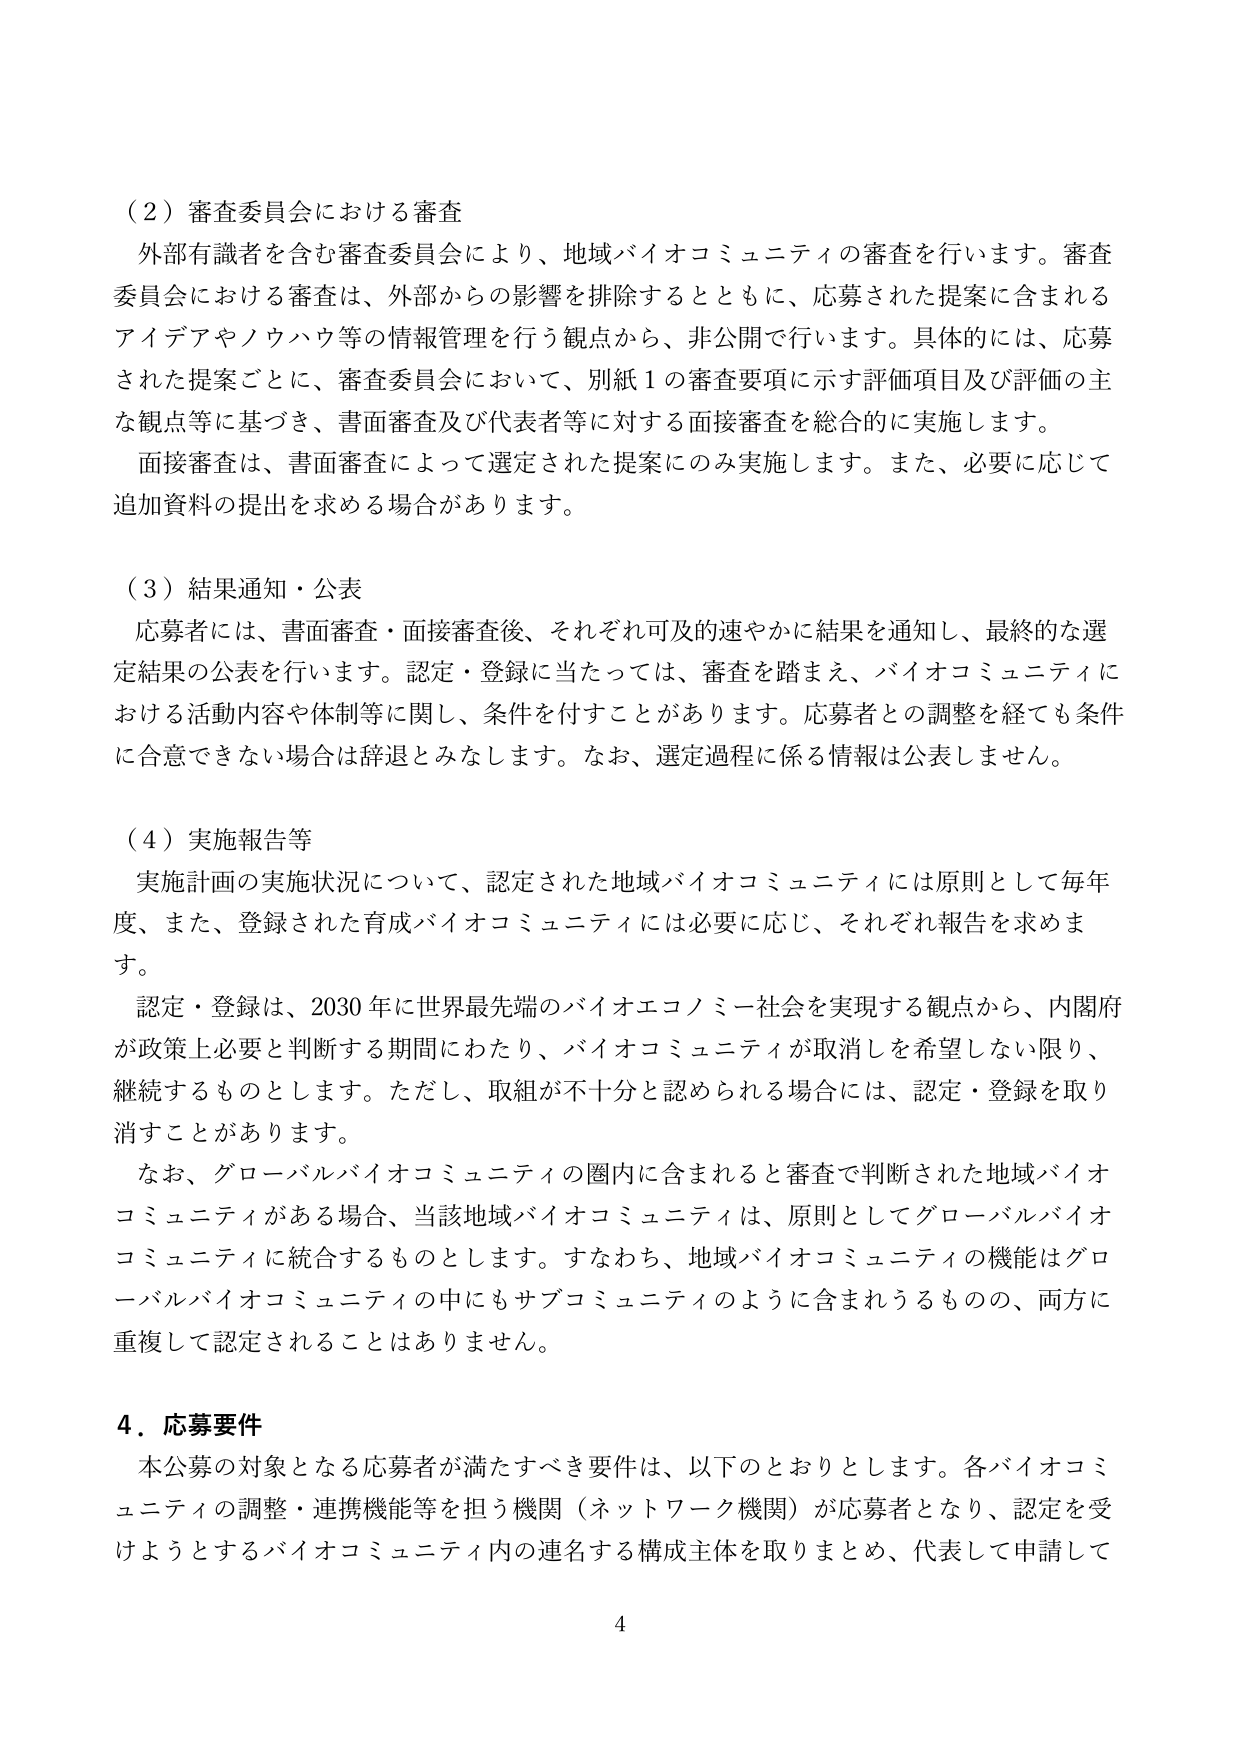
（２）審査委員会における審査
外部有識者を含む審査委員会により、地域バイオコミュニティの審査を行います。審査委員会における審査は、外部からの影響を排除するとともに、応募された提案に含まれるアイデアやノウハウ等の情報管理を行う観点から、非公開で行います。具体的には、応募された提案ごとに、審査委員会において、別紙１の審査要項に示す評価項目及び評価の主な観点等に基づき、書面審査及び代表者等に対する面接審査を総合的に実施します。
面接審査は、書面審査によって選定された提案にのみ実施します。また、必要に応じて追加資料の提出を求める場合があります。

（３）結果通知・公表
応募者には、書面審査・面接審査後、それぞれ可及的速やかに結果を通知し、最終的な選定結果の公表を行います。認定・登録に当たっては、審査を踏まえ、バイオコミュニティにおける活動内容や体制等に関し、条件を付すことがあります。応募者との調整を経ても条件に合意できない場合は辞退とみなします。なお、選定過程に係る情報は公表しません。

（４）実施報告等
実施計画の実施状況について、認定された地域バイオコミュニティには原則として毎年度、また、登録された育成バイオコミュニティには必要に応じ、それぞれ報告を求めます。
認定・登録は、2030年に世界最先端のバイオエコノミー社会を実現する観点から、内閣府が政策上必要と判断する期間にわたり、バイオコミュニティが取消しを希望しない限り、継続するものとします。ただし、取組が不十分と認められる場合には、認定・登録を取り消すことがあります。
なお、グローバルバイオコミュニティの圏内に含まれると審査で判断された地域バイオコミュニティがある場合、当該地域バイオコミュニティは、原則としてグローバルバイオコミュニティに統合するものとします。すなわち、地域バイオコミュニティの機能はグローバルバイオコミュニティの中にもサブコミュニティのように含まれるものので、両方に重複して認定されることはありません。

４．応募要件
本公募の対象となる応募者が満たすべき要件は、以下のとおりとします。各バイオコミュニティの調整・連携機能等を担う機関（ネットワーク機関）が応募者となり、認定を受けようとするバイオコミュニティ内の連名する構成主体を取りまとめ、代表して申請して

4